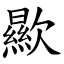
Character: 歞